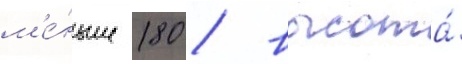
м'е́ньше 180 / высота́